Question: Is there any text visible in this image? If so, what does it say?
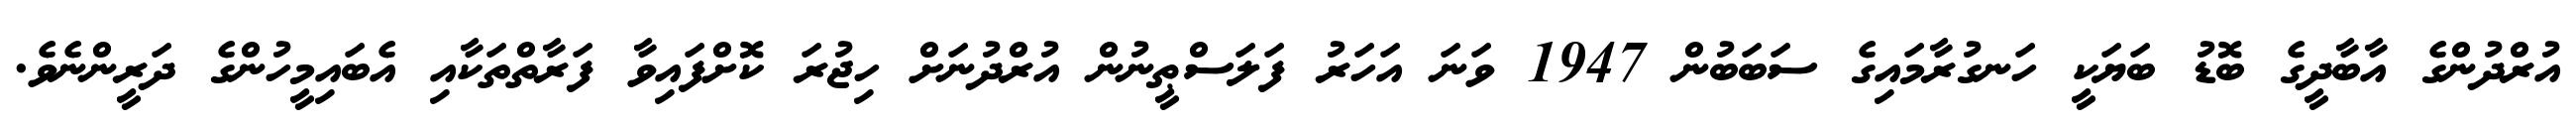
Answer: އުރްދުންގެ އާބާދީގެ ބޮޑު ބަޔަކީ ހަނގުރާމައިގެ ސަބަބުން 1947 ވަނަ އަހަރު ފަލަސްޠީނުން އުރްދުނަށް ހިޖުރަ ކޮށްފައިވާ ފަރާތްތަކާއި އެބައިމީހުންގެ ދަރީންނެވެ.